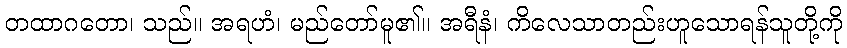
တထာဂတော၊ သည်။ အရဟံ၊ မည်တော်မူ၏။ အရီနံ၊ ကိလေသာတည်းဟူသောရန်သူတို့ကို